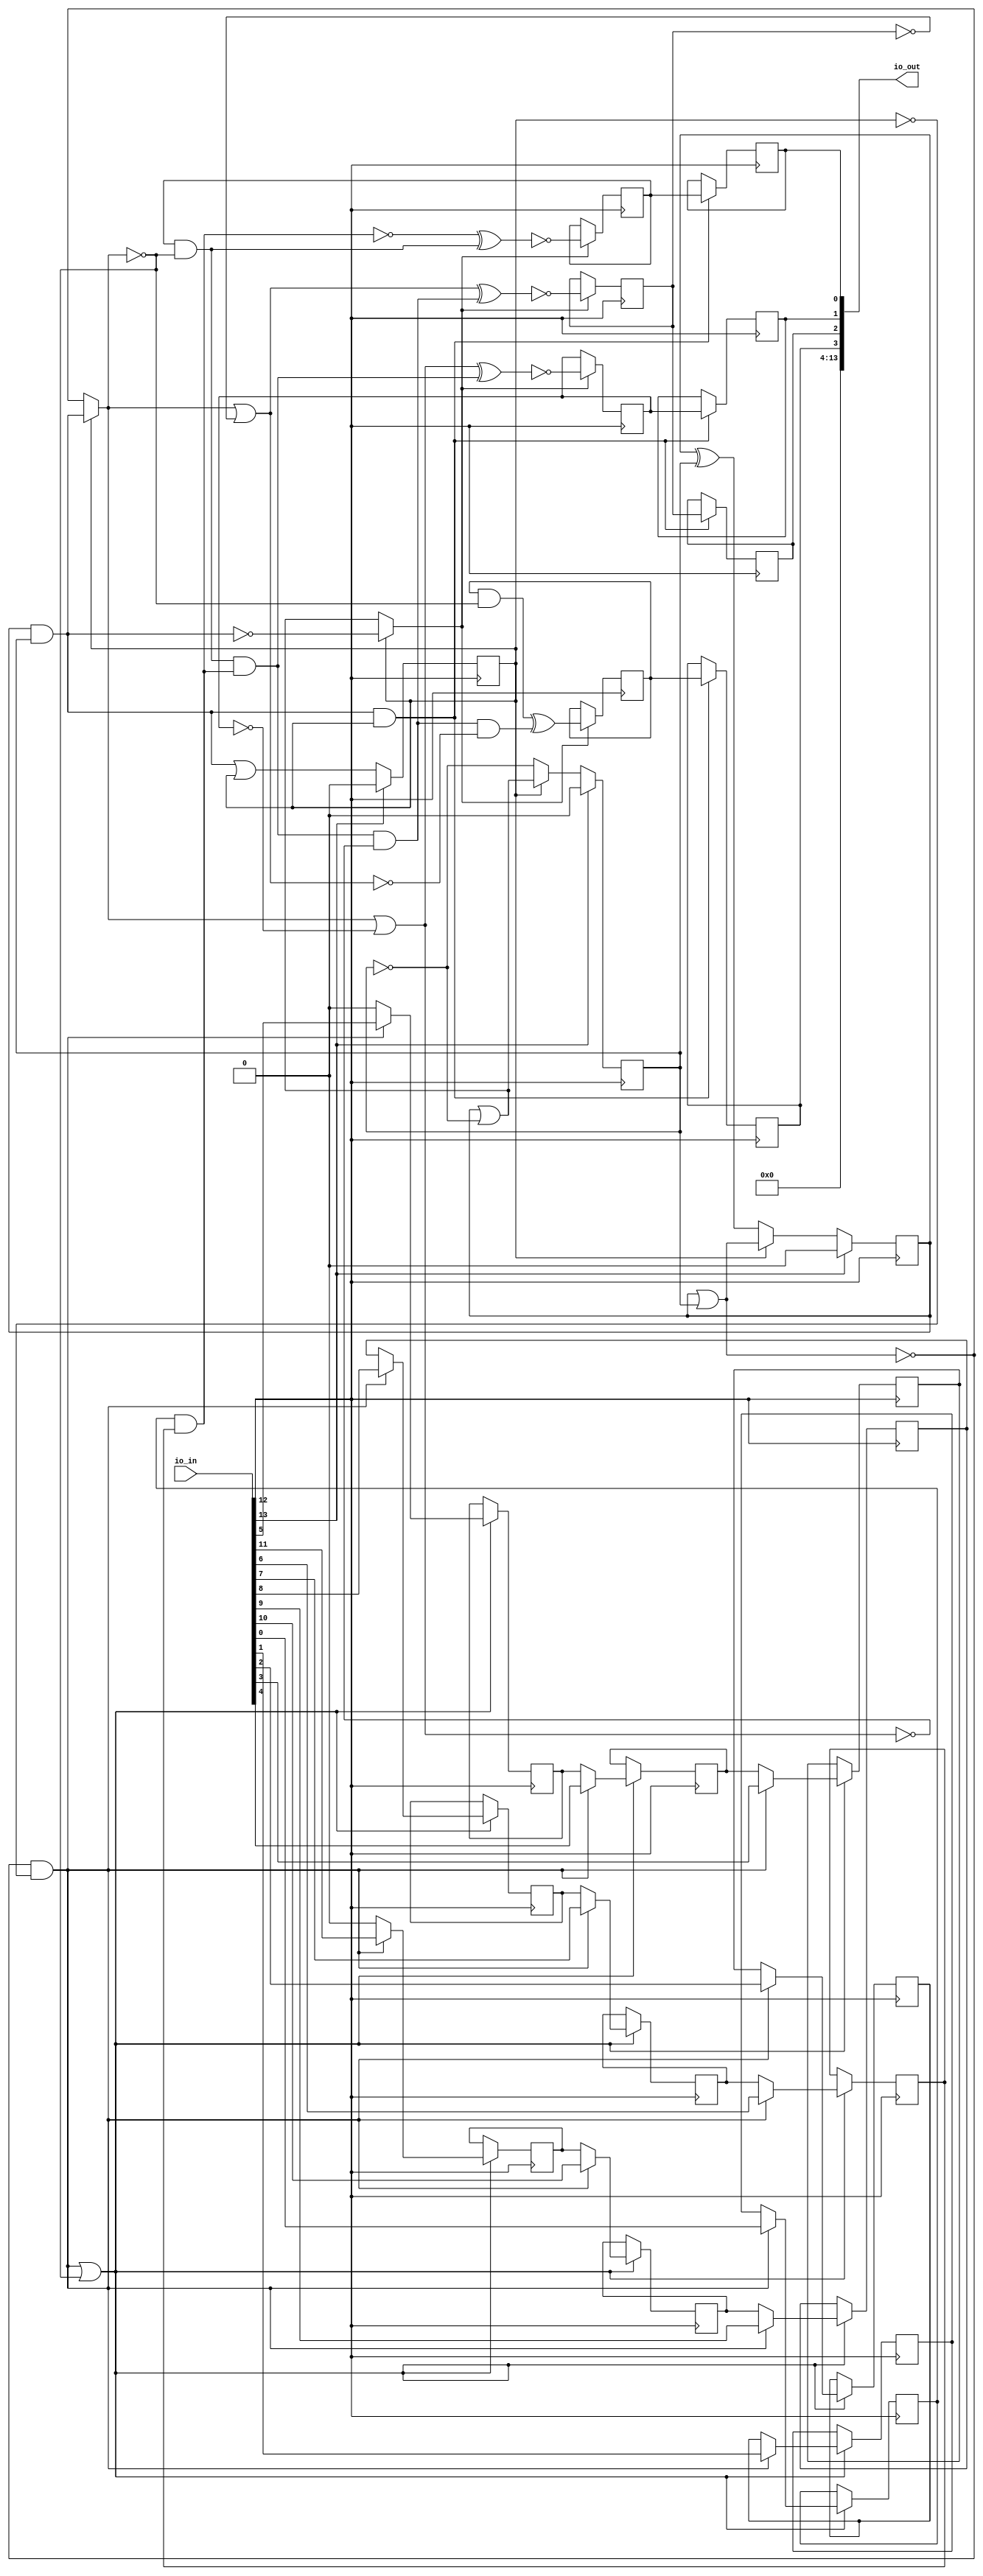
/* Generated by Yosys 0.25+83 (git sha1 755b753e1, aarch64-apple-darwin20.2-clang 10.0.0-4ubuntu1 -fPIC -Os) */

/* top =  1  */
/* src = "d22_yushuanl_convolution/src/toplevel_chip.v:4.1-18.10" */
module d22_yushuanl_convolution(io_in, io_out);
  wire [2:0] _00_;
  wire _01_;
  /* src = "d22_yushuanl_convolution/src/toplevel_chip.v:9.13-14.6|d22_yushuanl_convolution/src/chip.sv:6.3-10.39|d22_yushuanl_convolution/src/chip.sv:57.12-58.52" */
  wire _02_;
  /* src = "d22_yushuanl_convolution/src/toplevel_chip.v:9.13-14.6|d22_yushuanl_convolution/src/chip.sv:6.3-10.39|d22_yushuanl_convolution/src/chip.sv:57.12-58.52" */
  wire _03_;
  /* src = "d22_yushuanl_convolution/src/toplevel_chip.v:9.13-14.6|d22_yushuanl_convolution/src/chip.sv:6.3-10.39|d22_yushuanl_convolution/src/chip.sv:57.12-58.52" */
  wire _04_;
  /* src = "d22_yushuanl_convolution/src/toplevel_chip.v:9.13-14.6|d22_yushuanl_convolution/src/chip.sv:6.3-10.39|d22_yushuanl_convolution/src/chip.sv:57.12-58.52" */
  wire _05_;
  /* src = "d22_yushuanl_convolution/src/toplevel_chip.v:9.13-14.6|d22_yushuanl_convolution/src/chip.sv:6.3-10.39|d22_yushuanl_convolution/src/chip.sv:57.12-58.52" */
  wire _06_;
  /* src = "d22_yushuanl_convolution/src/toplevel_chip.v:9.13-14.6|d22_yushuanl_convolution/src/chip.sv:6.3-10.39|d22_yushuanl_convolution/src/chip.sv:59.12-60.52" */
  wire _07_;
  /* src = "d22_yushuanl_convolution/src/toplevel_chip.v:9.13-14.6|d22_yushuanl_convolution/src/chip.sv:6.3-10.39|d22_yushuanl_convolution/src/chip.sv:59.12-60.52" */
  wire _08_;
  /* src = "d22_yushuanl_convolution/src/toplevel_chip.v:9.13-14.6|d22_yushuanl_convolution/src/chip.sv:6.3-10.39|d22_yushuanl_convolution/src/chip.sv:59.12-60.52" */
  wire _09_;
  /* src = "d22_yushuanl_convolution/src/toplevel_chip.v:9.13-14.6|d22_yushuanl_convolution/src/chip.sv:6.3-10.39|d22_yushuanl_convolution/src/chip.sv:59.12-60.52" */
  wire _10_;
  /* src = "d22_yushuanl_convolution/src/toplevel_chip.v:9.13-14.6|d22_yushuanl_convolution/src/chip.sv:6.3-10.39|d22_yushuanl_convolution/src/chip.sv:59.12-60.52" */
  wire _11_;
  wire _12_;
  wire _13_;
  wire _14_;
  wire _15_;
  wire _16_;
  wire _17_;
  wire _18_;
  wire _19_;
  wire _20_;
  wire _21_;
  wire _22_;
  wire _23_;
  wire _24_;
  wire _25_;
  wire _26_;
  wire _27_;
  wire _28_;
  wire _29_;
  /* src = "d22_yushuanl_convolution/src/toplevel_chip.v:5.18-5.23" */
  input [13:0] io_in;
  wire [13:0] io_in;
  /* src = "d22_yushuanl_convolution/src/toplevel_chip.v:6.19-6.25" */
  output [13:0] io_out;
  wire [13:0] io_out;
  /* hdlname = "mchip Shifted_A" */
  /* src = "d22_yushuanl_convolution/src/toplevel_chip.v:9.13-14.6|d22_yushuanl_convolution/src/chip.sv:53.15-53.24" */
  wire [5:0] \mchip.Shifted_A ;
  /* hdlname = "mchip Shifted_B" */
  /* src = "d22_yushuanl_convolution/src/toplevel_chip.v:9.13-14.6|d22_yushuanl_convolution/src/chip.sv:53.26-53.35" */
  wire [5:0] \mchip.Shifted_B ;
  /* hdlname = "mchip add Out" */
  /* src = "d22_yushuanl_convolution/src/toplevel_chip.v:9.13-14.6|d22_yushuanl_convolution/src/chip.sv:24.23-24.26|d22_yushuanl_convolution/src/chip.sv:65.9-65.59" */
  wire [3:0] \mchip.add.Out ;
  /* hdlname = "mchip clock" */
  /* src = "d22_yushuanl_convolution/src/toplevel_chip.v:9.13-14.6|d22_yushuanl_convolution/src/chip.sv:49.10-49.15" */
  wire \mchip.clock ;
  /* enum_type = "$enum0" */
  /* hdlname = "mchip curState" */
  /* src = "d22_yushuanl_convolution/src/toplevel_chip.v:9.13-14.6|d22_yushuanl_convolution/src/chip.sv:73.20-73.28" */
  reg [2:0] \mchip.curState ;
  /* hdlname = "mchip enRO" */
  /* src = "d22_yushuanl_convolution/src/toplevel_chip.v:9.13-14.6|d22_yushuanl_convolution/src/chip.sv:52.25-52.29" */
  wire \mchip.enRO ;
  /* hdlname = "mchip enRT" */
  /* src = "d22_yushuanl_convolution/src/toplevel_chip.v:9.13-14.6|d22_yushuanl_convolution/src/chip.sv:52.19-52.23" */
  wire \mchip.enRT ;
  /* hdlname = "mchip inReg" */
  /* src = "d22_yushuanl_convolution/src/toplevel_chip.v:9.13-14.6|d22_yushuanl_convolution/src/chip.sv:56.15-56.20" */
  wire [3:0] \mchip.inReg ;
  /* hdlname = "mchip io_in" */
  /* src = "d22_yushuanl_convolution/src/toplevel_chip.v:9.13-14.6|d22_yushuanl_convolution/src/chip.sv:48.23-48.28" */
  wire [11:0] \mchip.io_in ;
  /* hdlname = "mchip io_out" */
  /* src = "d22_yushuanl_convolution/src/toplevel_chip.v:9.13-14.6|d22_yushuanl_convolution/src/chip.sv:50.23-50.29" */
  wire [3:0] \mchip.io_out ;
  /* hdlname = "mchip mul First" */
  /* src = "d22_yushuanl_convolution/src/toplevel_chip.v:9.13-14.6|d22_yushuanl_convolution/src/chip.sv:15.16-15.21|d22_yushuanl_convolution/src/chip.sv:61.14-63.32" */
  wire \mchip.mul.First ;
  /* hdlname = "mchip mul Second" */
  /* src = "d22_yushuanl_convolution/src/toplevel_chip.v:9.13-14.6|d22_yushuanl_convolution/src/chip.sv:15.23-15.29|d22_yushuanl_convolution/src/chip.sv:61.14-63.32" */
  wire \mchip.mul.Second ;
  /* hdlname = "mchip mux A" */
  /* src = "d22_yushuanl_convolution/src/toplevel_chip.v:9.13-14.6|d22_yushuanl_convolution/src/chip.sv:30.22-30.23|d22_yushuanl_convolution/src/chip.sv:64.7-64.52" */
  wire [3:0] \mchip.mux.A ;
  /* hdlname = "mchip mux B" */
  /* src = "d22_yushuanl_convolution/src/toplevel_chip.v:9.13-14.6|d22_yushuanl_convolution/src/chip.sv:30.25-30.26|d22_yushuanl_convolution/src/chip.sv:64.7-64.52" */
  wire [3:0] \mchip.mux.B ;
  /* hdlname = "mchip oldSum" */
  /* src = "d22_yushuanl_convolution/src/toplevel_chip.v:9.13-14.6|d22_yushuanl_convolution/src/chip.sv:56.22-56.28" */
  wire [3:0] \mchip.oldSum ;
  /* hdlname = "mchip registerOut In" */
  /* src = "d22_yushuanl_convolution/src/toplevel_chip.v:9.13-14.6|d22_yushuanl_convolution/src/chip.sv:38.22-38.24|d22_yushuanl_convolution/src/chip.sv:67.7-67.69" */
  wire [3:0] \mchip.registerOut.In ;
  /* hdlname = "mchip registerOut Out" */
  /* src = "d22_yushuanl_convolution/src/toplevel_chip.v:9.13-14.6|d22_yushuanl_convolution/src/chip.sv:40.23-40.26|d22_yushuanl_convolution/src/chip.sv:67.7-67.69" */
  reg [3:0] \mchip.registerOut.Out ;
  /* hdlname = "mchip registerOut clk" */
  /* src = "d22_yushuanl_convolution/src/toplevel_chip.v:9.13-14.6|d22_yushuanl_convolution/src/chip.sv:39.16-39.19|d22_yushuanl_convolution/src/chip.sv:67.7-67.69" */
  wire \mchip.registerOut.clk ;
  /* hdlname = "mchip registerOut en" */
  /* src = "d22_yushuanl_convolution/src/toplevel_chip.v:9.13-14.6|d22_yushuanl_convolution/src/chip.sv:39.21-39.23|d22_yushuanl_convolution/src/chip.sv:67.7-67.69" */
  wire \mchip.registerOut.en ;
  /* hdlname = "mchip registerTemp In" */
  /* src = "d22_yushuanl_convolution/src/toplevel_chip.v:9.13-14.6|d22_yushuanl_convolution/src/chip.sv:38.22-38.24|d22_yushuanl_convolution/src/chip.sv:66.7-66.69" */
  wire [3:0] \mchip.registerTemp.In ;
  /* hdlname = "mchip registerTemp Out" */
  /* src = "d22_yushuanl_convolution/src/toplevel_chip.v:9.13-14.6|d22_yushuanl_convolution/src/chip.sv:40.23-40.26|d22_yushuanl_convolution/src/chip.sv:66.7-66.69" */
  reg [3:0] \mchip.registerTemp.Out ;
  /* hdlname = "mchip registerTemp clk" */
  /* src = "d22_yushuanl_convolution/src/toplevel_chip.v:9.13-14.6|d22_yushuanl_convolution/src/chip.sv:39.16-39.19|d22_yushuanl_convolution/src/chip.sv:66.7-66.69" */
  wire \mchip.registerTemp.clk ;
  /* hdlname = "mchip registerTemp en" */
  /* src = "d22_yushuanl_convolution/src/toplevel_chip.v:9.13-14.6|d22_yushuanl_convolution/src/chip.sv:39.21-39.23|d22_yushuanl_convolution/src/chip.sv:66.7-66.69" */
  wire \mchip.registerTemp.en ;
  /* hdlname = "mchip reset" */
  /* src = "d22_yushuanl_convolution/src/toplevel_chip.v:9.13-14.6|d22_yushuanl_convolution/src/chip.sv:49.17-49.22" */
  wire \mchip.reset ;
  /* hdlname = "mchip shiftA In" */
  /* src = "d22_yushuanl_convolution/src/toplevel_chip.v:9.13-14.6|d22_yushuanl_convolution/src/chip.sv:3.22-3.24|d22_yushuanl_convolution/src/chip.sv:57.12-58.52" */
  wire [5:0] \mchip.shiftA.In ;
  /* hdlname = "mchip shiftA Shifted" */
  /* src = "d22_yushuanl_convolution/src/toplevel_chip.v:9.13-14.6|d22_yushuanl_convolution/src/chip.sv:5.23-5.30|d22_yushuanl_convolution/src/chip.sv:57.12-58.52" */
  reg [5:0] \mchip.shiftA.Shifted ;
  /* hdlname = "mchip shiftA clk" */
  /* src = "d22_yushuanl_convolution/src/toplevel_chip.v:9.13-14.6|d22_yushuanl_convolution/src/chip.sv:4.26-4.29|d22_yushuanl_convolution/src/chip.sv:57.12-58.52" */
  wire \mchip.shiftA.clk ;
  /* hdlname = "mchip shiftB In" */
  /* src = "d22_yushuanl_convolution/src/toplevel_chip.v:9.13-14.6|d22_yushuanl_convolution/src/chip.sv:3.22-3.24|d22_yushuanl_convolution/src/chip.sv:59.12-60.52" */
  wire [5:0] \mchip.shiftB.In ;
  /* hdlname = "mchip shiftB Shifted" */
  /* src = "d22_yushuanl_convolution/src/toplevel_chip.v:9.13-14.6|d22_yushuanl_convolution/src/chip.sv:5.23-5.30|d22_yushuanl_convolution/src/chip.sv:59.12-60.52" */
  reg [5:0] \mchip.shiftB.Shifted ;
  /* hdlname = "mchip shiftB clk" */
  /* src = "d22_yushuanl_convolution/src/toplevel_chip.v:9.13-14.6|d22_yushuanl_convolution/src/chip.sv:4.26-4.29|d22_yushuanl_convolution/src/chip.sv:59.12-60.52" */
  wire \mchip.shiftB.clk ;
  assign _12_ = ~(\mchip.curState [1] | \mchip.curState [0]);
  assign _13_ = _12_ & ~(\mchip.curState [2]);
  assign _14_ = ~\mchip.curState [2];
  assign _15_ = \mchip.curState [1] & \mchip.curState [0];
  assign _16_ = \mchip.curState [2] ? _15_ : _12_;
  assign _01_ = _13_ | ~(_16_);
  assign _17_ = ~_15_;
  assign _18_ = \mchip.curState [1] | ~(\mchip.curState [0]);
  assign \mchip.enRT  = \mchip.curState [2] ? _17_ : _18_;
  assign \mchip.enRO  = _15_ & ~(_14_);
  assign _07_ = _13_ ? io_in[6] : \mchip.shiftB.Shifted [1];
  assign _08_ = _13_ ? io_in[7] : \mchip.shiftB.Shifted [2];
  assign _09_ = _13_ ? io_in[8] : \mchip.shiftB.Shifted [3];
  assign _10_ = _13_ ? io_in[9] : \mchip.shiftB.Shifted [4];
  assign _11_ = _13_ ? io_in[10] : \mchip.shiftB.Shifted [5];
  assign _02_ = _13_ ? io_in[0] : \mchip.shiftA.Shifted [1];
  assign _03_ = _13_ ? io_in[1] : \mchip.shiftA.Shifted [2];
  assign _04_ = _13_ ? io_in[2] : \mchip.shiftA.Shifted [3];
  assign _05_ = _13_ ? io_in[3] : \mchip.shiftA.Shifted [4];
  assign _06_ = _13_ ? io_in[4] : \mchip.shiftA.Shifted [5];
  assign _19_ = ~\mchip.curState [0];
  assign _00_[0] = \mchip.curState [2] ? _18_ : _19_;
  assign _20_ = ~_12_;
  assign _21_ = \mchip.curState [1] ^ \mchip.curState [0];
  assign _00_[1] = \mchip.curState [2] ? _20_ : _21_;
  assign _00_[2] = _15_ | \mchip.curState [2];
  assign _22_ = \mchip.registerTemp.Out [0] & ~(_16_);
  assign _23_ = ~(\mchip.shiftA.Shifted [0] & \mchip.shiftB.Shifted [0]);
  assign _24_ = _22_ & ~(_23_);
  assign _25_ = _16_ | ~(\mchip.registerTemp.Out [1]);
  assign \mchip.registerTemp.In [1] = ~(_25_ ^ _24_);
  assign _26_ = _24_ & ~(_25_);
  assign _27_ = _16_ | ~(\mchip.registerTemp.Out [2]);
  assign \mchip.registerTemp.In [2] = ~(_27_ ^ _26_);
  assign _28_ = _26_ & ~(_27_);
  assign _29_ = \mchip.registerTemp.Out [3] & ~(_16_);
  assign \mchip.registerTemp.In [3] = _29_ ^ _28_;
  assign \mchip.registerTemp.In [0] = ~(_23_ ^ _22_);
  /* \always_ff  = 32'd1 */
  /* src = "d22_yushuanl_convolution/src/toplevel_chip.v:9.13-14.6|d22_yushuanl_convolution/src/chip.sv:6.3-10.39|d22_yushuanl_convolution/src/chip.sv:57.12-58.52" */
  always @(posedge io_in[12])
    if (_01_)
      if (!_13_) \mchip.shiftA.Shifted [5] <= 1'h0;
      else \mchip.shiftA.Shifted [5] <= io_in[5];
  always @(posedge io_in[12])
    if (io_in[13]) \mchip.curState [0] <= 1'h0;
    else \mchip.curState [0] <= _00_[0];
  always @(posedge io_in[12])
    if (io_in[13]) \mchip.curState [1] <= 1'h0;
    else \mchip.curState [1] <= _00_[1];
  always @(posedge io_in[12])
    if (io_in[13]) \mchip.curState [2] <= 1'h0;
    else \mchip.curState [2] <= _00_[2];
  /* \always_ff  = 32'd1 */
  /* src = "d22_yushuanl_convolution/src/toplevel_chip.v:9.13-14.6|d22_yushuanl_convolution/src/chip.sv:6.3-10.39|d22_yushuanl_convolution/src/chip.sv:57.12-58.52" */
  always @(posedge io_in[12])
    if (_01_) \mchip.shiftA.Shifted [0] <= _02_;
  /* \always_ff  = 32'd1 */
  /* src = "d22_yushuanl_convolution/src/toplevel_chip.v:9.13-14.6|d22_yushuanl_convolution/src/chip.sv:6.3-10.39|d22_yushuanl_convolution/src/chip.sv:57.12-58.52" */
  always @(posedge io_in[12])
    if (_01_) \mchip.shiftA.Shifted [1] <= _03_;
  /* \always_ff  = 32'd1 */
  /* src = "d22_yushuanl_convolution/src/toplevel_chip.v:9.13-14.6|d22_yushuanl_convolution/src/chip.sv:6.3-10.39|d22_yushuanl_convolution/src/chip.sv:57.12-58.52" */
  always @(posedge io_in[12])
    if (_01_) \mchip.shiftA.Shifted [2] <= _04_;
  /* \always_ff  = 32'd1 */
  /* src = "d22_yushuanl_convolution/src/toplevel_chip.v:9.13-14.6|d22_yushuanl_convolution/src/chip.sv:6.3-10.39|d22_yushuanl_convolution/src/chip.sv:57.12-58.52" */
  always @(posedge io_in[12])
    if (_01_) \mchip.shiftA.Shifted [3] <= _05_;
  /* \always_ff  = 32'd1 */
  /* src = "d22_yushuanl_convolution/src/toplevel_chip.v:9.13-14.6|d22_yushuanl_convolution/src/chip.sv:6.3-10.39|d22_yushuanl_convolution/src/chip.sv:57.12-58.52" */
  always @(posedge io_in[12])
    if (_01_) \mchip.shiftA.Shifted [4] <= _06_;
  /* \always_ff  = 32'd1 */
  /* src = "d22_yushuanl_convolution/src/toplevel_chip.v:9.13-14.6|d22_yushuanl_convolution/src/chip.sv:6.3-10.39|d22_yushuanl_convolution/src/chip.sv:59.12-60.52" */
  always @(posedge io_in[12])
    if (_01_) \mchip.shiftB.Shifted [0] <= _07_;
  /* \always_ff  = 32'd1 */
  /* src = "d22_yushuanl_convolution/src/toplevel_chip.v:9.13-14.6|d22_yushuanl_convolution/src/chip.sv:6.3-10.39|d22_yushuanl_convolution/src/chip.sv:59.12-60.52" */
  always @(posedge io_in[12])
    if (_01_) \mchip.shiftB.Shifted [1] <= _08_;
  /* \always_ff  = 32'd1 */
  /* src = "d22_yushuanl_convolution/src/toplevel_chip.v:9.13-14.6|d22_yushuanl_convolution/src/chip.sv:6.3-10.39|d22_yushuanl_convolution/src/chip.sv:59.12-60.52" */
  always @(posedge io_in[12])
    if (_01_) \mchip.shiftB.Shifted [2] <= _09_;
  /* \always_ff  = 32'd1 */
  /* src = "d22_yushuanl_convolution/src/toplevel_chip.v:9.13-14.6|d22_yushuanl_convolution/src/chip.sv:6.3-10.39|d22_yushuanl_convolution/src/chip.sv:59.12-60.52" */
  always @(posedge io_in[12])
    if (_01_) \mchip.shiftB.Shifted [3] <= _10_;
  /* \always_ff  = 32'd1 */
  /* src = "d22_yushuanl_convolution/src/toplevel_chip.v:9.13-14.6|d22_yushuanl_convolution/src/chip.sv:6.3-10.39|d22_yushuanl_convolution/src/chip.sv:59.12-60.52" */
  always @(posedge io_in[12])
    if (_01_) \mchip.shiftB.Shifted [4] <= _11_;
  /* \always_ff  = 32'd1 */
  /* src = "d22_yushuanl_convolution/src/toplevel_chip.v:9.13-14.6|d22_yushuanl_convolution/src/chip.sv:41.3-43.17|d22_yushuanl_convolution/src/chip.sv:67.7-67.69" */
  always @(posedge io_in[12])
    if (\mchip.enRO ) \mchip.registerOut.Out [0] <= \mchip.registerTemp.Out [0];
  /* \always_ff  = 32'd1 */
  /* src = "d22_yushuanl_convolution/src/toplevel_chip.v:9.13-14.6|d22_yushuanl_convolution/src/chip.sv:41.3-43.17|d22_yushuanl_convolution/src/chip.sv:67.7-67.69" */
  always @(posedge io_in[12])
    if (\mchip.enRO ) \mchip.registerOut.Out [1] <= \mchip.registerTemp.Out [1];
  /* \always_ff  = 32'd1 */
  /* src = "d22_yushuanl_convolution/src/toplevel_chip.v:9.13-14.6|d22_yushuanl_convolution/src/chip.sv:41.3-43.17|d22_yushuanl_convolution/src/chip.sv:67.7-67.69" */
  always @(posedge io_in[12])
    if (\mchip.enRO ) \mchip.registerOut.Out [2] <= \mchip.registerTemp.Out [2];
  /* \always_ff  = 32'd1 */
  /* src = "d22_yushuanl_convolution/src/toplevel_chip.v:9.13-14.6|d22_yushuanl_convolution/src/chip.sv:41.3-43.17|d22_yushuanl_convolution/src/chip.sv:67.7-67.69" */
  always @(posedge io_in[12])
    if (\mchip.enRO ) \mchip.registerOut.Out [3] <= \mchip.registerTemp.Out [3];
  /* \always_ff  = 32'd1 */
  /* src = "d22_yushuanl_convolution/src/toplevel_chip.v:9.13-14.6|d22_yushuanl_convolution/src/chip.sv:6.3-10.39|d22_yushuanl_convolution/src/chip.sv:59.12-60.52" */
  always @(posedge io_in[12])
    if (_01_)
      if (!_13_) \mchip.shiftB.Shifted [5] <= 1'h0;
      else \mchip.shiftB.Shifted [5] <= io_in[11];
  /* \always_ff  = 32'd1 */
  /* src = "d22_yushuanl_convolution/src/toplevel_chip.v:9.13-14.6|d22_yushuanl_convolution/src/chip.sv:41.3-43.17|d22_yushuanl_convolution/src/chip.sv:66.7-66.69" */
  always @(posedge io_in[12])
    if (\mchip.enRT ) \mchip.registerTemp.Out [0] <= \mchip.registerTemp.In [0];
  /* \always_ff  = 32'd1 */
  /* src = "d22_yushuanl_convolution/src/toplevel_chip.v:9.13-14.6|d22_yushuanl_convolution/src/chip.sv:41.3-43.17|d22_yushuanl_convolution/src/chip.sv:66.7-66.69" */
  always @(posedge io_in[12])
    if (\mchip.enRT ) \mchip.registerTemp.Out [1] <= \mchip.registerTemp.In [1];
  /* \always_ff  = 32'd1 */
  /* src = "d22_yushuanl_convolution/src/toplevel_chip.v:9.13-14.6|d22_yushuanl_convolution/src/chip.sv:41.3-43.17|d22_yushuanl_convolution/src/chip.sv:66.7-66.69" */
  always @(posedge io_in[12])
    if (\mchip.enRT ) \mchip.registerTemp.Out [2] <= \mchip.registerTemp.In [2];
  /* \always_ff  = 32'd1 */
  /* src = "d22_yushuanl_convolution/src/toplevel_chip.v:9.13-14.6|d22_yushuanl_convolution/src/chip.sv:41.3-43.17|d22_yushuanl_convolution/src/chip.sv:66.7-66.69" */
  always @(posedge io_in[12])
    if (\mchip.enRT ) \mchip.registerTemp.Out [3] <= \mchip.registerTemp.In [3];
  assign io_out = { 10'h000, \mchip.registerOut.Out  };
  assign \mchip.Shifted_A  = \mchip.shiftA.Shifted ;
  assign \mchip.Shifted_B  = \mchip.shiftB.Shifted ;
  assign \mchip.add.Out  = \mchip.registerTemp.In ;
  assign \mchip.clock  = io_in[12];
  assign \mchip.inReg  = \mchip.registerTemp.In ;
  assign \mchip.io_in  = io_in[11:0];
  assign \mchip.io_out  = \mchip.registerOut.Out ;
  assign \mchip.mul.First  = \mchip.shiftA.Shifted [0];
  assign \mchip.mul.Second  = \mchip.shiftB.Shifted [0];
  assign \mchip.mux.A  = \mchip.registerTemp.Out ;
  assign \mchip.mux.B  = 4'h0;
  assign \mchip.oldSum  = \mchip.registerTemp.Out ;
  assign \mchip.registerOut.In  = \mchip.registerTemp.Out ;
  assign \mchip.registerOut.clk  = io_in[12];
  assign \mchip.registerOut.en  = \mchip.enRO ;
  assign \mchip.registerTemp.clk  = io_in[12];
  assign \mchip.registerTemp.en  = \mchip.enRT ;
  assign \mchip.reset  = io_in[13];
  assign \mchip.shiftA.In  = io_in[5:0];
  assign \mchip.shiftA.clk  = io_in[12];
  assign \mchip.shiftB.In  = io_in[11:6];
  assign \mchip.shiftB.clk  = io_in[12];
endmodule